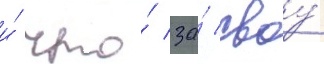
и́ что́ за́ своу́